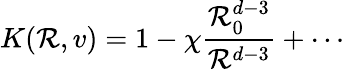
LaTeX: K(\mathcal{R},v)=1-\chi\frac{{\mathcal{R}_{0}^{d-3}}}{{\mathcal{R}^{d-3}}}+\cdots